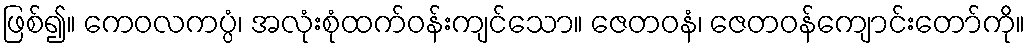
ဖြစ်၍။ ကေဝလကပ္ပံ၊ အလုံးစုံထက်ဝန်းကျင်သော။ ဇေတဝနံ၊ ဇေတဝန်ကျောင်းတော်ကို။